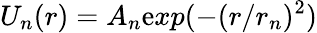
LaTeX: U_{n}(r)=A_{n}\mathrm{e}xp(-(r/r_{n})^{2})